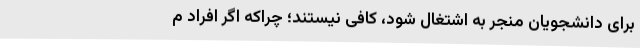
برای دانشجویان منجر به اشتغال شود، کافی نیستند؛ چراکه اگر افراد م